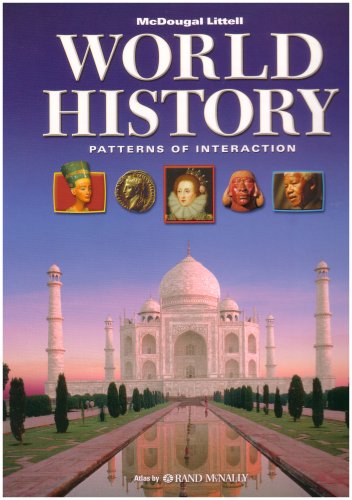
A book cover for World History: Patterns of Interaction; Roger B. Beck; Teen & Young Adult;